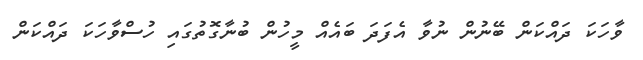
ވާހަކަ ދައްކަން ބޭނުން ނުވާ އެފަދަ ބައެއް މީހުން ބުނާގޮތުގައި ހުސްވާހަކަ ދައްކަން